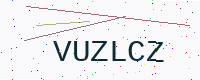
Text: VUZLCZ